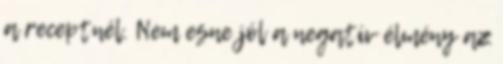
a receptnél. Nem esne jól a negatív élmény az